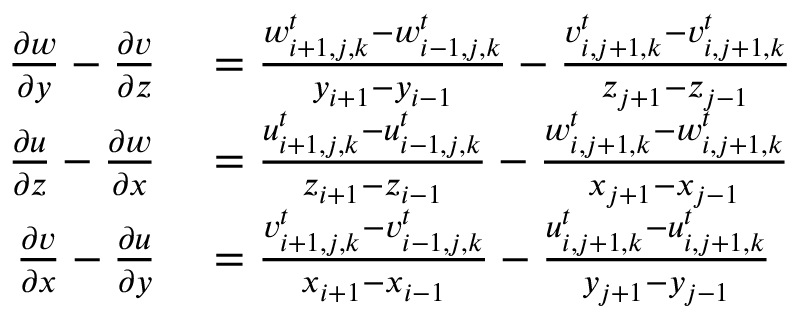
\begin{array} { r l } { \frac { \partial w } { \partial y } - \frac { \partial v } { \partial z } } & { { } = \frac { w _ { i + 1 , j , k } ^ { t } - w _ { i - 1 , j , k } ^ { t } } { y _ { i + 1 } - y _ { i - 1 } } - \frac { v _ { i , j + 1 , k } ^ { t } - v _ { i , j + 1 , k } ^ { t } } { z _ { j + 1 } - z _ { j - 1 } } } \\ { \frac { \partial u } { \partial z } - \frac { \partial w } { \partial x } } & { { } = \frac { u _ { i + 1 , j , k } ^ { t } - u _ { i - 1 , j , k } ^ { t } } { z _ { i + 1 } - z _ { i - 1 } } - \frac { w _ { i , j + 1 , k } ^ { t } - w _ { i , j + 1 , k } ^ { t } } { x _ { j + 1 } - x _ { j - 1 } } } \\ { \frac { \partial v } { \partial x } - \frac { \partial u } { \partial y } } & { { } = \frac { v _ { i + 1 , j , k } ^ { t } - v _ { i - 1 , j , k } ^ { t } } { x _ { i + 1 } - x _ { i - 1 } } - \frac { u _ { i , j + 1 , k } ^ { t } - u _ { i , j + 1 , k } ^ { t } } { y _ { j + 1 } - y _ { j - 1 } } } \end{array}